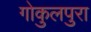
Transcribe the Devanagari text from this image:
गोकुलपुरा